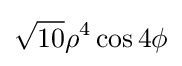
{\sqrt {10}}\rho ^{4}\cos 4\phi